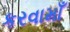
કરવામાઁ